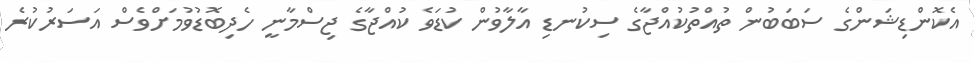
އެކޮންޑިޝަންގެ ސަބަބުން ތުއްތުކުއްޖާގެ ސިކުނޑި އާލާވުން ކުޑަވެ ކުއްޖާގެ ޖިސްމާނީ ހެދިބޮޑުވުމަށްވެސް އަސަރުކުރެ